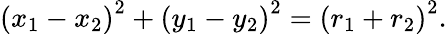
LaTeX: \left(x_{1}-x_{2}\right)^{2}+\left(y_{1}-y_{2}\right)^{2}=\left(r_{1}+r_{2}\right)^{2}.